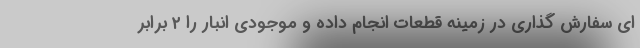
ای سفارش گذاری در زمینه قطعات انجام داده و موجودی انبار را ۲ برابر